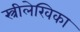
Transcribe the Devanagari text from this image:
स्त्रीलेखिका